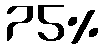
75%